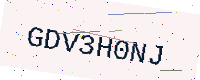
Text: GDV3H0NJ